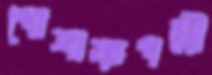
পোশাকপল্লী